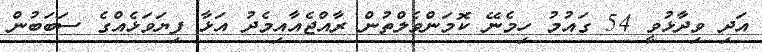
އަދި ވިދާޅުވީ 54 ގައުމު ހިމެނޭ ކޮމަންވެލްތުން ރާއްޖެއާއިމެދު އަޅާ ފިޔަވަޅެއްގެ ސަބަބުން